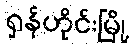
ရှန်ဟိုင်းမြို့